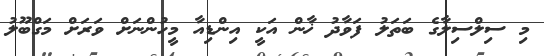
މި ސިލްސިލާގެ ބަތަލު ފަވާދު ޚާން އަކީ އިންޑިއާ މީހުންނަށް ވަރަށް މަގްބޫލު